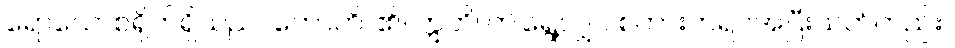
ရောသောစရိုက်ရှိသည်။ ဟောတိ၊ ၏။ ဣတိ၊ ဤရွေ့လျှင် စကားတရပ်အပြီးသတ်တည်း။